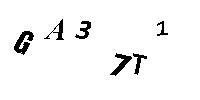
GA37T1